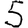
Digit: 5